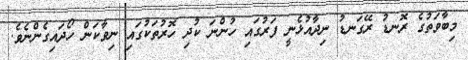
މިބާވަތުގެ ރޮނޑު ރޭގަނޑު ނިދާއުޅެނީ ފަރުގައި ހުންނަ ކުދި ހޮރުތަކުގައި ނިވާކަން ހޯދައިގެންނެވެ.